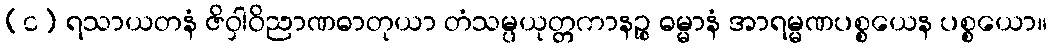
(င) ရသာယတနံ ဇိဝှါဝိညာဏဓာတုယာ တံသမ္ပယုတ္တကာနဉ္စ ဓမ္မာနံ အာရမ္မဏပစ္စယေန ပစ္စယော။